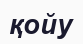
қойу